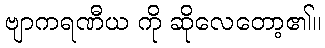
ဗျာကရဏီယ ကို ဆိုလေတော့၏။